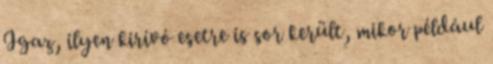
Igaz, ilyen kirívó esetre is sor került, mikor például